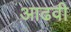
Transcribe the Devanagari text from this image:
आढवी